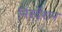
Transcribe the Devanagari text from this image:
निरर्देशन